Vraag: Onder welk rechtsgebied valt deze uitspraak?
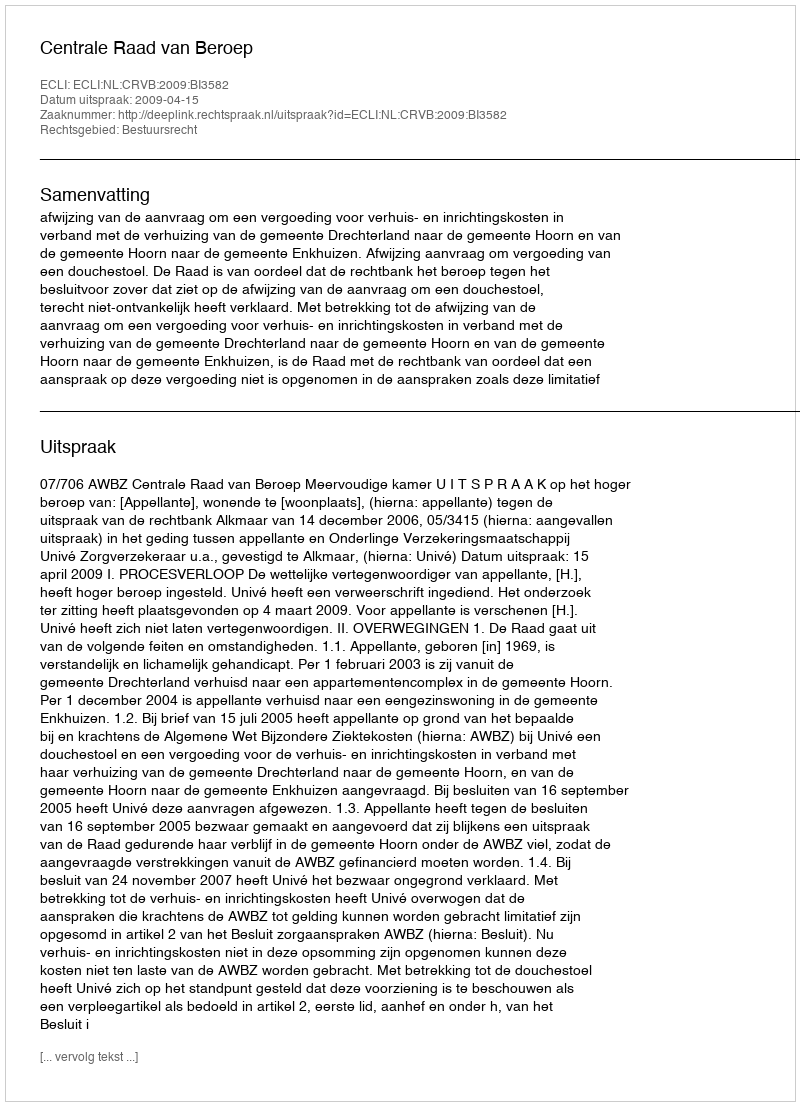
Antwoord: Bestuursrecht